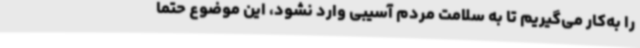
را به‌کار می‌گیریم تا به سلامت مردم آسیبی وارد نشود، این موضوع حتما